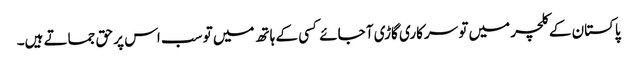
پاکستان کے کلچر میں تو سرکاری گاڑی آ جائے کسی کے ہاتھ میں تو سب اس پر حق جماتے ہیں۔